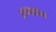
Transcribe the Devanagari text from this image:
अध्यक्षांचा